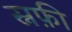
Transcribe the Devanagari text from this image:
स्नफ़ी